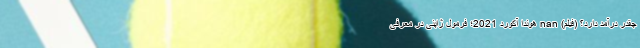
چقدر درآمد دارد؟ (فیلم) nan هوندا آکورد 2021؛ فرمول ژاپنی در معرفی